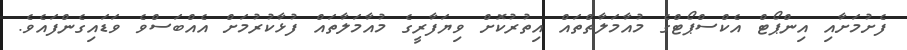
ފެށުމަށާއި އިންޕޯޓް އެކްސްޕޯޓްގެ މުއާމަލާތްތައް އިތުރުކޮށް ވިޔަފާރީގެ މުއާމަލާތައް ފުޅާކުރުމަށް އެއްބަސްވެ ވަޑައިގެންފައެވެ.